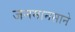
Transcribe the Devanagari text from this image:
जनमानसाने